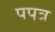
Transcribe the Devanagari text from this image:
पपत्र